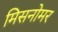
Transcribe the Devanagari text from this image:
मिसनोमर